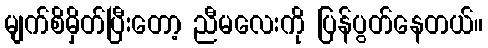
မျက်စိမှိတ်ပြီးတော့ ညီမလေးကို ပြန်ပွတ်နေတယ်။